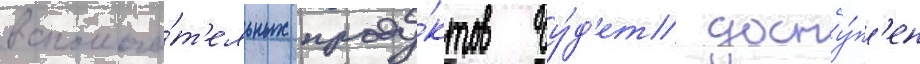
вспомога́т'ельных проду́ктов бу́д'ет досту́п'ен